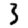
Digit: 3